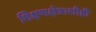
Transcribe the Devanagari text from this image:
शिक्षणक्षेत्राशीही